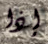
إذا